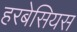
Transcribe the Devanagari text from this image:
हरबेसियस